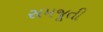
સમજૂતી